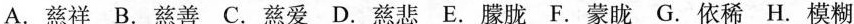
A.慈祥B.慈善C.慈爱D.慈悲E.朦胧F.蒙胧G.依稀H.模糊